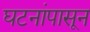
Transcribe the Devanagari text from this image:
घटनांपासून